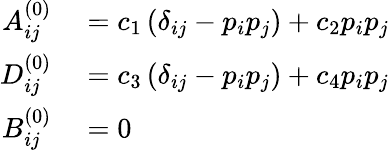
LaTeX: \begin{array}{rl}{{A}_{ij}^{(0)}}&{{}=c_{1}\left(\delta_{ij}-{p_{i}}{p_{j}}\right)+c_{2}{p_{i}}{p_{j}}}\\ {{D}_{ij}^{(0)}}&{{}=c_{3}\left(\delta_{ij}-{p_{i}}{p_{j}}\right)+c_{4}{p_{i}}{p_{j}}}\\ {{B}_{ij}^{(0)}}&{{}=0}\end{array}